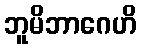
ဘူမိဘာဂေဟိ